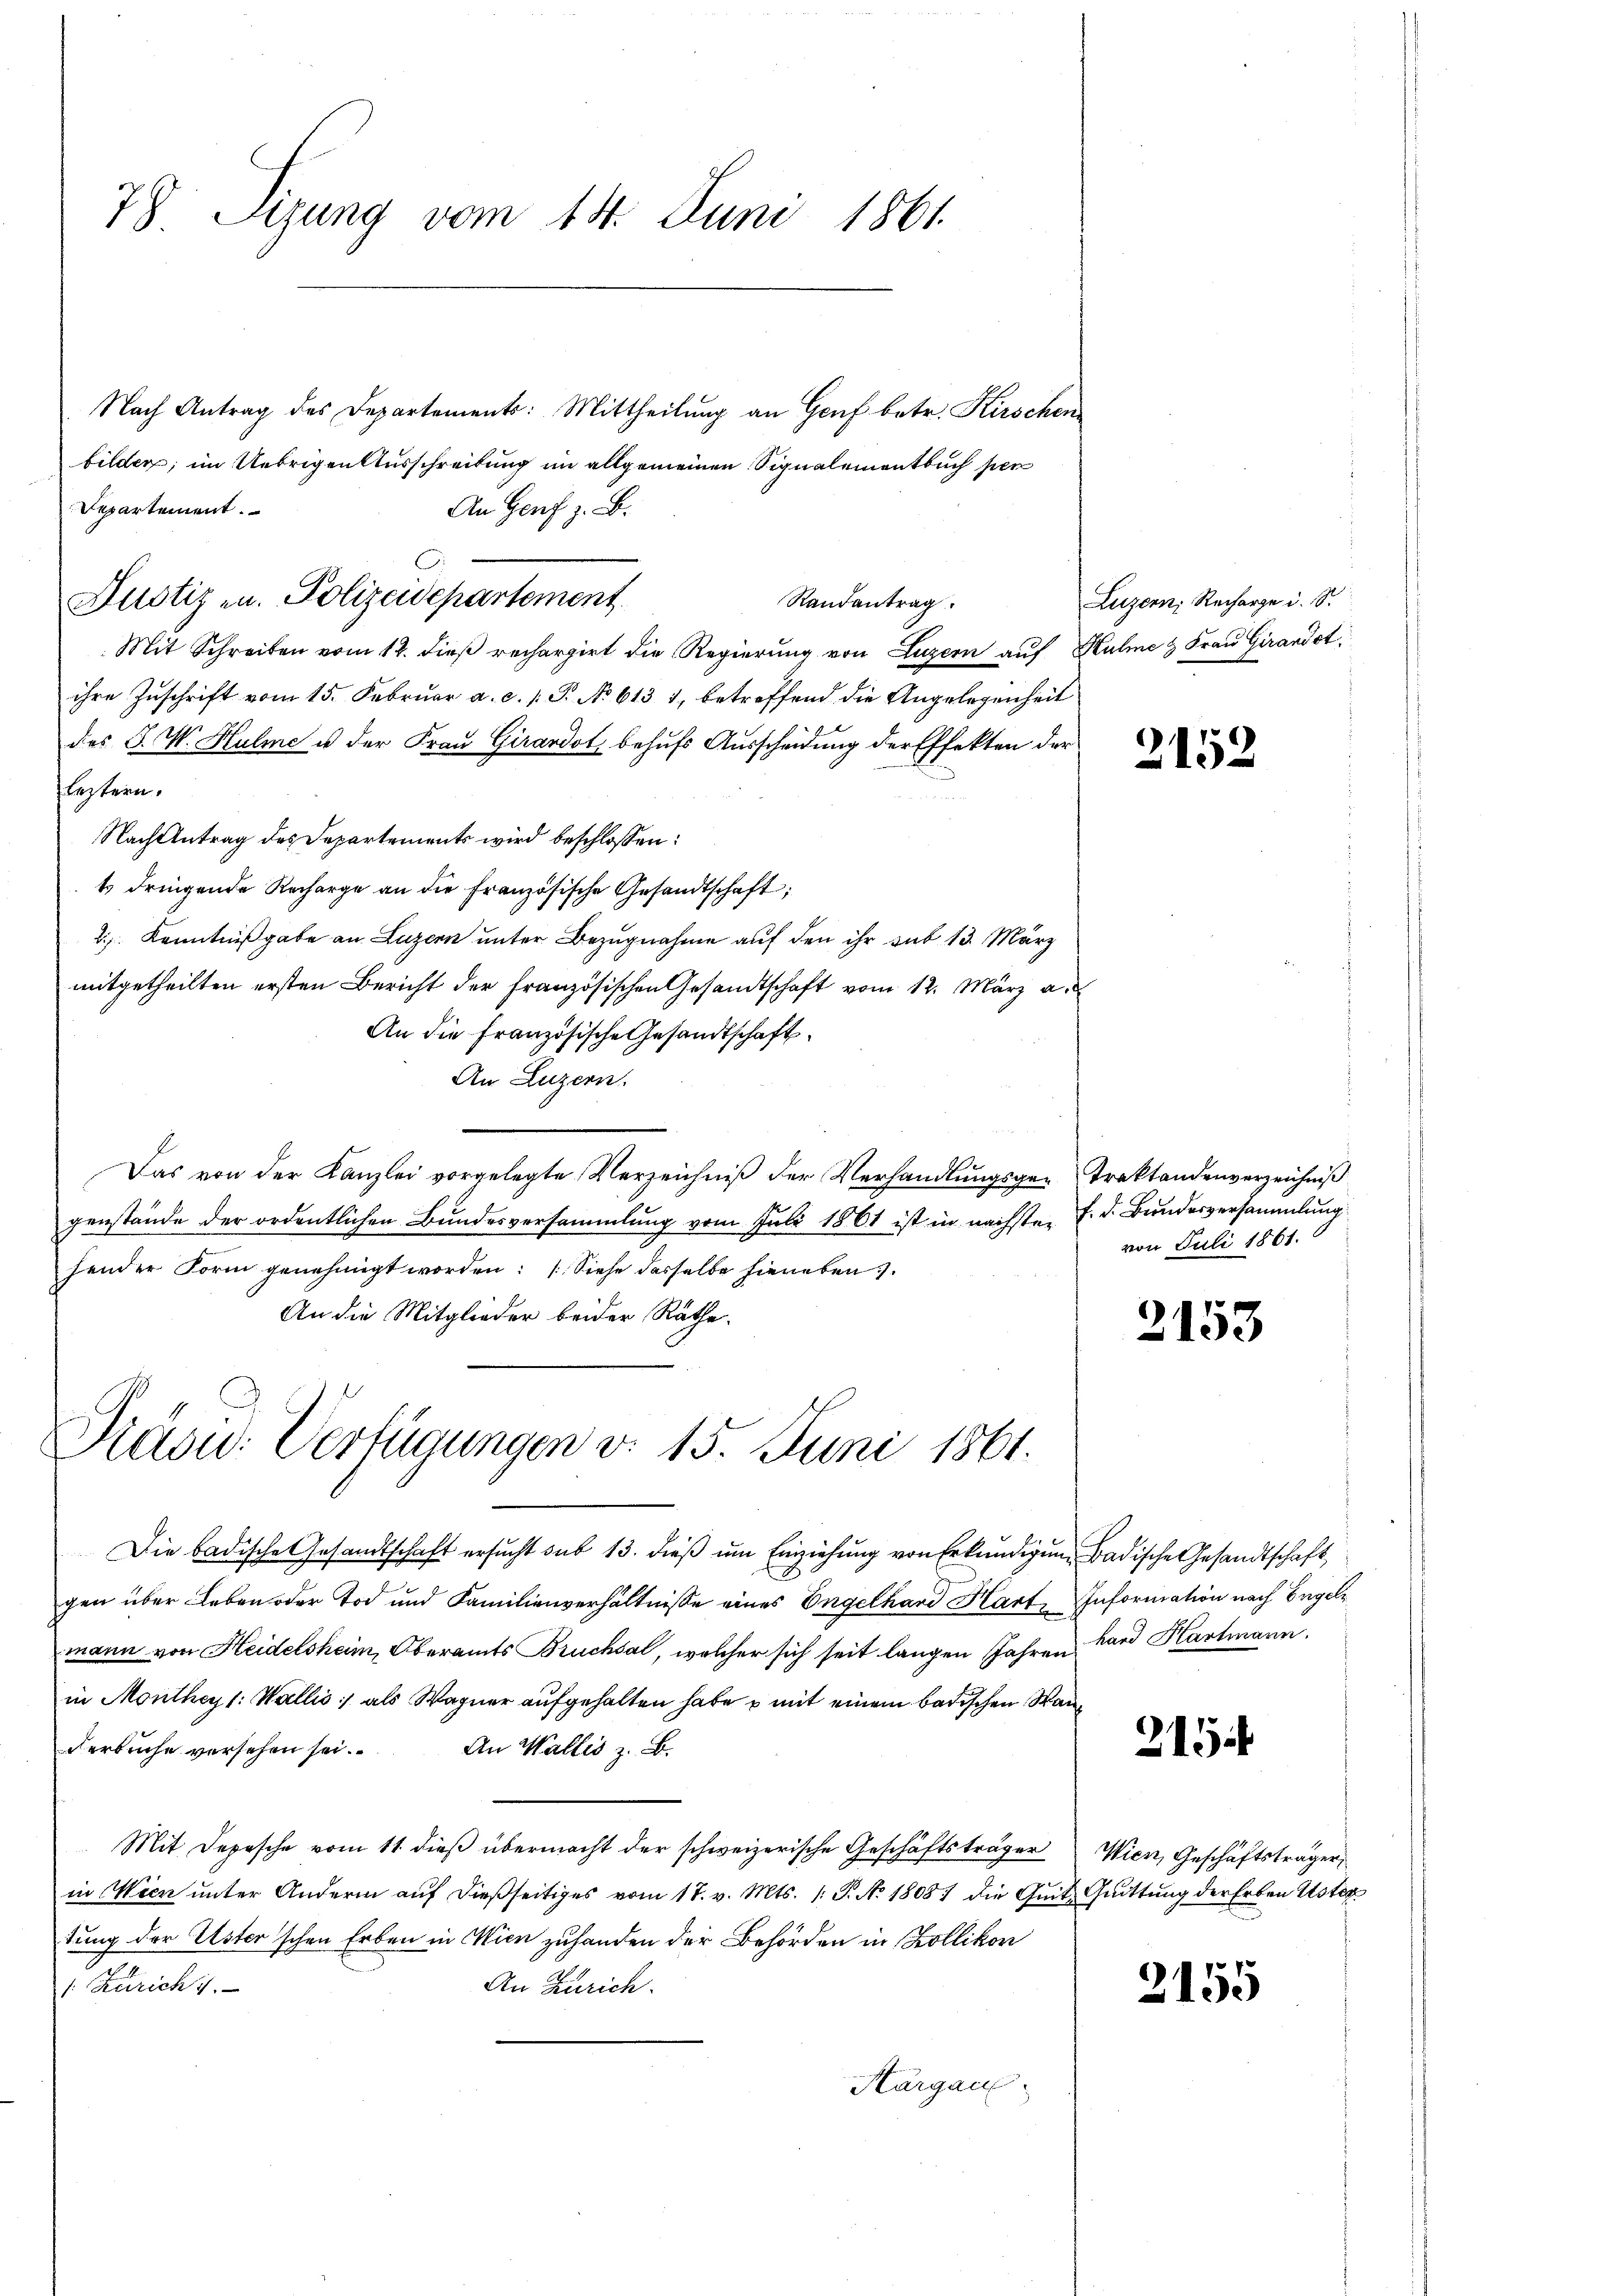
78. Sizung vom 14. Juni 1861.

Justiz u. Polizeidepartement

Nach Antrag des Departements: Mittheilung an Genf betr. Kirschen
bilder; im Uebrigen Ausschreibung im allgemeinen Signalementbuch per
Departement.
An Genf z. B.
Mit Schreiben vom 12. dieß rechargirt die Regierung von Luzern auf Kulme & Frau Girardst
ihre Zuschrift vom 15. Februar a. c. 1. P. No 613 1, betreffend die Angelegenheit
des J. V. Hulme u. der Frau Girardot, behufs Ausscheidung der Effekten der
flestern.
Nach Antrag des Departements wird beschlossen:
t dringende Recharge an die Französische Gesandtschaft;
2.) Kenntnißgabe an Luzern unter Bezugnahme auf den ihr sub 13. März
mitgetheilten ersten Bericht der französischen Gesandtschaft vom 12. März a.
An die Französische Gesandtschaft.
An Luzern.
Das von der Kanzlei vorgelegte Verzeichniß der Verhandlungsge- Traktandenverzeichniß
genstände der ordentlichen Bundesversammlung vom Juli 1861 ist in nächsten f. d. Bundesversammlung
hender Form genehmigt worden: Siehe desselbe hieneben.
An die Mitglieder beider Räthe.

Randantrag.

Präsid. Verfügungen v. 15. Juni 1861.

Die badische Gesandtschaft ersŭcht sub 13. dieβ ŭm Einziehŭng von Erkŭndigŭng Badische Gesandtschaft
gen über Leben oder Tod und Familienverhältnisse eines Engelhard Harte Information nach Engelmann von Heidelsheim, Oberamts Bruchsal, welcher sich seit langen Jahren Land Hartmann.
in Montheyl: Wallis, als Wagner aufgehalten habe u mit einem badischen Wanderbuche versehen sei. An Walles z. B.
Mit Depesche vom 11. dieß übermacht der schweizerische Geschäftsträger Wien, Geschäftsträger,
in Wien unter Andern auf dießseitiges vom 17. v. Mts. 1. P. No 1808. die Quit Quittung der Erben Uster
tung der Usterschen Erben in Wien zuhanden der Behörden in Zollikon
1. Zürich 7.
An Zürich.
Hargau.

Luzern, Recharge u. S.

2152

von Juli 1861.

2153

215

2155